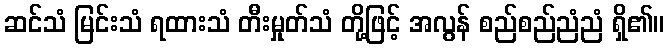
ဆင်သံ မြင်းသံ ရထားသံ တီးမှုတ်သံ တို့ဖြင့် အလွန် စည်စည်ညံညံ ရှိ၏။